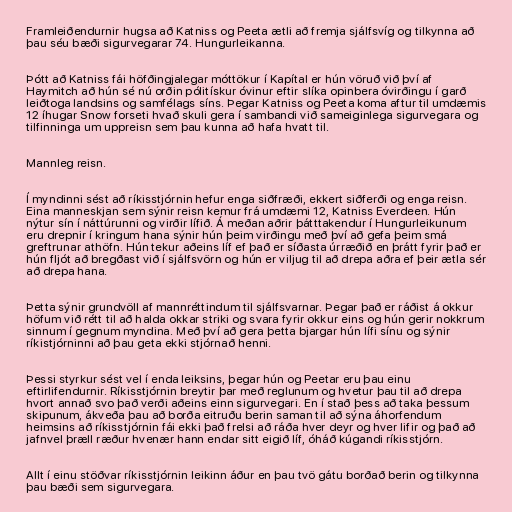
Framleiðendurnir hugsa að Katniss og Peeta ætli að fremja sjálfsvíg og tilkynna að
þau séu bæði sigurvegarar 74. Hungurleikanna.

Þótt að Katniss fái höfðingjalegar móttökur í Kapítal er hún vöruð við því af
Haymitch að hún sé nú orðin pólitískur óvinur eftir slíka opinbera óvirðingu í garð
leiðtoga landsins og samfélags síns. Þegar Katniss og Peeta koma aftur til umdæmis
12 íhugar Snow forseti hvað skuli gera í sambandi við sameiginlega sigurvegara og
tilfinninga um uppreisn sem þau kunna að hafa hvatt til.

Mannleg reisn.

Í myndinni sést að ríkisstjórnin hefur enga siðfræði, ekkert siðferði og enga reisn.
Eina manneskjan sem sýnir reisn kemur frá umdæmi 12, Katniss Everdeen. Hún
nýtur sín í náttúrunni og virðir lífið. Á meðan aðrir þátttakendur í Hungurleikunum
eru drepnir í kringum hana sýnir hún þeim virðingu með því að gefa þeim smá
greftrunar athöfn. Hún tekur aðeins líf ef það er síðasta úrræðið en þrátt fyrir það er
hún fljót að bregðast við í sjálfsvörn og hún er viljug til að drepa aðra ef þeir ætla sér
að drepa hana.

Þetta sýnir grundvöll af mannréttindum til sjálfsvarnar. Þegar það er ráðist á okkur
höfum við rétt til að halda okkar striki og svara fyrir okkur eins og hún gerir nokkrum
sinnum í gegnum myndina. Með því að gera þetta bjargar hún lífi sínu og sýnir
ríkistjórninni að þau geta ekki stjórnað henni.

Þessi styrkur sést vel í enda leiksins, þegar hún og Peetar eru þau einu
eftirlifendurnir. Ríkisstjórnin breytir þar með reglunum og hvetur þau til að drepa
hvort annað svo það verði aðeins einn sigurvegari. En í stað þess að taka þessum
skipunum, ákveða þau að borða eitruðu berin saman til að sýna áhorfendum
heimsins að ríkisstjórnin fái ekki það frelsi að ráða hver deyr og hver lifir og það að
jafnvel þræll ræður hvenær hann endar sitt eigið líf, óháð kúgandi ríkisstjórn.

Allt í einu stöðvar ríkisstjórnin leikinn áður en þau tvö gátu borðað berin og tilkynna
þau bæði sem sigurvegara.